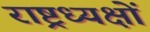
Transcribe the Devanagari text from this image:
राष्ट्रध्यक्षों